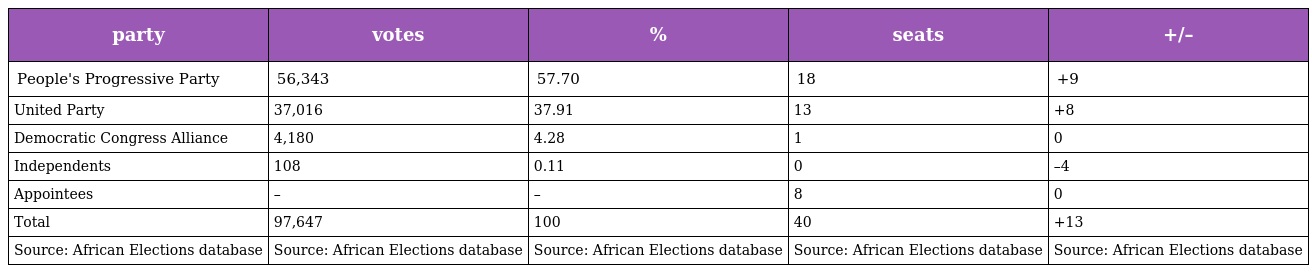
| party | votes | % | seats | +/– |
 | --- | --- | --- | --- | --- |
 | People's Progressive Party | 56,343 | 57.70 | 18 | +9 |
 | United Party | 37,016 | 37.91 | 13 | +8 |
 | Democratic Congress Alliance | 4,180 | 4.28 | 1 | 0 |
 | Independents | 108 | 0.11 | 0 | –4 |
 | Appointees | – | – | 8 | 0 |
 | Total | 97,647 | 100 | 40 | +13 |
 | Source: African Elections database | Source: African Elections database | Source: African Elections database | Source: African Elections database | Source: African Elections database |